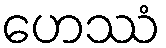
ဟေဿံ